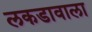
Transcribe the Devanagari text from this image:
लकडावाला